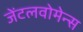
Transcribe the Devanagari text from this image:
जेंटलवोमेन्स